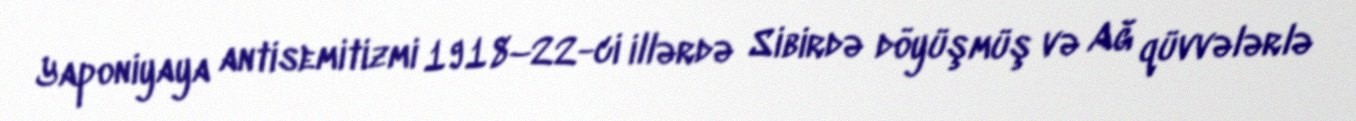
Yaponiyaya antisemitizmi 1918–22-ci illərdə Sibirdə döyüşmüş və Ağ qüvvələrlə